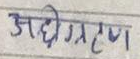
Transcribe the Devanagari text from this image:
अधिग्रहण